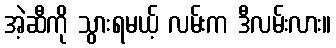
အဲ့ဆီကို သွားရမယ့် လမ်းက ဒီလမ်းလား။